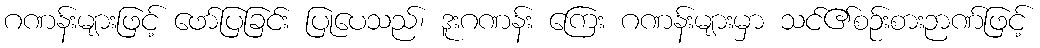
ဂဏန်းများဖြင့် ဖော်ပြခြင်း ပြုပေသည်၊ ဒူးဂဏန်း ကြေး ဂဏန်းများမှာ သင်၏စဉ်းစားဉာဏ်ဖြင့်